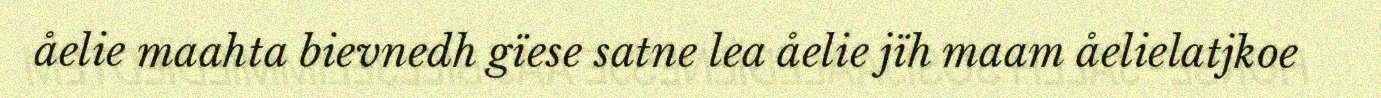
åelie maahta bievnedh gïese satne lea åelie jïh maam åelielatjkoe